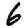
Digit: 6